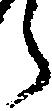
ら